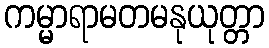
ကမ္မာရာမတမနုယုတ္တာ